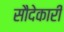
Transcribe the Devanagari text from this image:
सौदेकारी